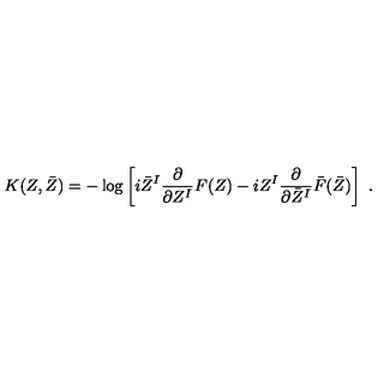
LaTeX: K ( Z , \bar { Z } ) = - \log \left[ i \bar { Z } ^ { I } \frac { \partial } { \partial Z ^ { I } } F ( Z ) - i Z ^ { I } \frac { \partial } { \partial \bar { Z } ^ { I } } \bar { F } ( \bar { Z } ) \right] \ .